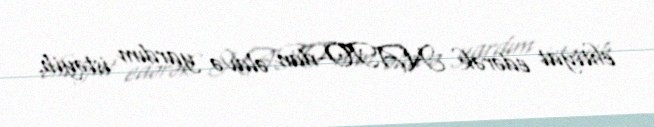
ehtiyat edərək NATO-dan əlavə yardım istəyib.